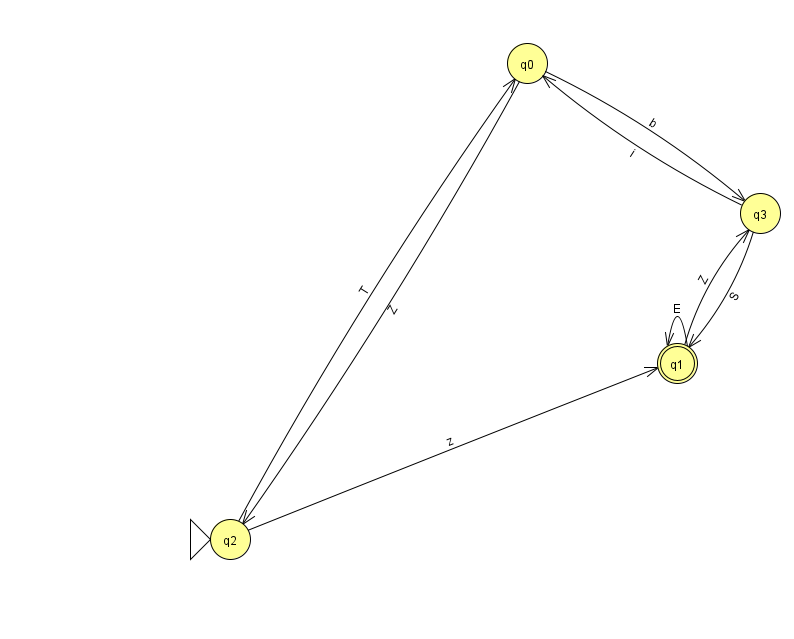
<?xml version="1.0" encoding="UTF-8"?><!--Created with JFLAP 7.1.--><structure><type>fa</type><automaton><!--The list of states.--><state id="0" name="q0"><x>527.0</x><y>50.0</y></state><state id="1" name="q1"><x>677.0</x><y>350.0</y><final/></state><state id="2" name="q2"><x>230.0</x><y>526.0</y><initial/></state><state id="3" name="q3"><x>760.0</x><y>200.0</y></state><!--The list of transitions.--><transition><from>3</from><to>0</to><read>i</read></transition><transition><from>3</from><to>1</to><read>S</read></transition><transition><from>2</from><to>0</to><read>T</read></transition><transition><from>1</from><to>1</to><read>E</read></transition><transition><from>2</from><to>1</to><read>z</read></transition><transition><from>0</from><to>3</to><read>b</read></transition><transition><from>1</from><to>3</to><read>Z</read></transition><transition><from>0</from><to>2</to><read>Z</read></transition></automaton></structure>